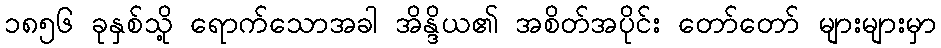
၁၈၅၆ ခုနှစ်သို့ ရောက်သောအခါ အိန္ဒိယ၏ အစိတ်အပိုင်း တော်တော် များများမှာ